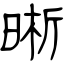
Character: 晰